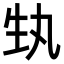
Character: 𭺳